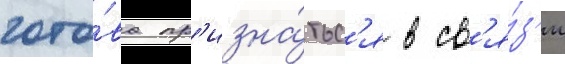
гото́ва пр'изна́тьс'я в св'я́з'и